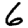
Digit: 6